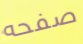
صفحه